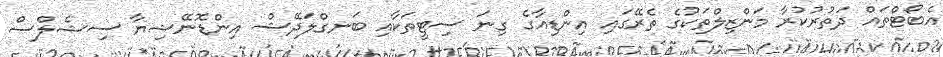
އެބޯޓްތައް ދަތުރުކުރާ މަންޒިލްތަކުގެ ތެރޭގައި އިންޑިއާގެ ގިނަ ސިޓީތަކާއި ބަނގްލަދޭޝް އިންޑޮނޭޝިޔާ ސިޝެލްސް